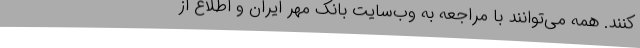
کنند. همه می‌توانند با مراجعه به وب‌سایت بانک مهر ایران و اطلاع از